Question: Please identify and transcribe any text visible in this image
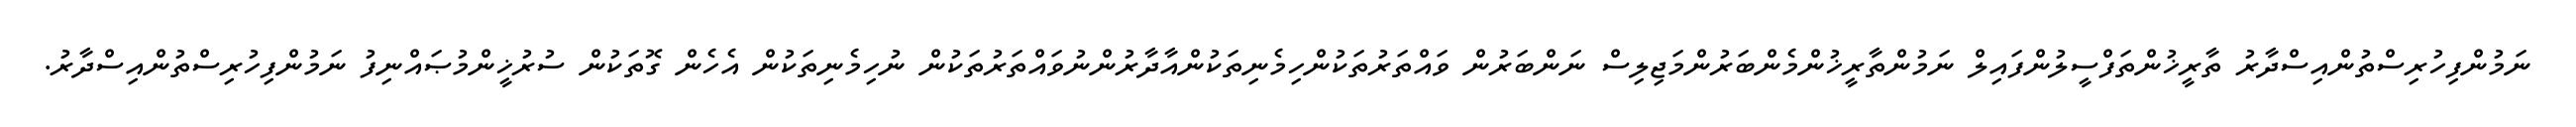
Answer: ނަމުންފިހުރިސްތުންއިސްދާރު ތާރީޚުންތަފްސީލުންފައިލް ނަމުންތާރީޚުންމެންބަރުންމަޖިލިސް ނަންބަރުން ވައްތަރުތަކުންހިމެނިތަކުންއާދާރުންނުވައްތަރުތަކުން ނުހިމެނިތަކުން އެހެން ގޮތަކުން ސުރުޚީންމުޞައްނިފު ނަމުންފިހުރިސްތުންއިސްދާރު.